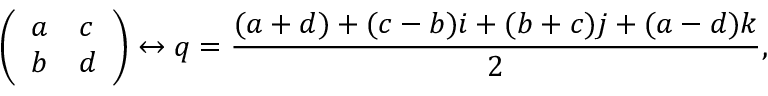
{ \left( \begin{array} { l l } { a } & { c } \\ { b } & { d } \end{array} \right) } \leftrightarrow q = { \frac { ( a + d ) + ( c - b ) i + ( b + c ) j + ( a - d ) k } { 2 } } ,